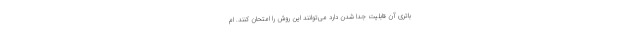
باتری آن قابلیت جدا شدن دارد می‌توانند این روش را امتحان کنند. ام